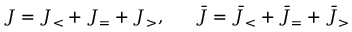
{ \cal J } = { \cal J } _ { < } + { \cal J } _ { = } + { \cal J } _ { > } , ~ ~ ~ ~ ~ \bar { \cal J } = \bar { \cal J } _ { < } + \bar { \cal J } _ { = } + \bar { \cal J } _ { > }